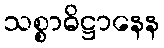
သစ္စာဓိဋ္ဌာနေန